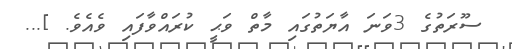
ސޫރަތުގެ 3ވަނަ އާޔަތުގައި މާތް ވަޙީ ކުރައްވާފައި ވެއެވެ. ]...